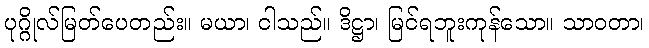
ပုဂ္ဂိုလ်မြတ်ပေတည်း။ မယာ၊ ငါသည်။ ဒိဋ္ဌာ၊ မြင်ရဘူးကုန်သော။ သာဝတာ၊